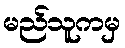
မည်သူကမှ